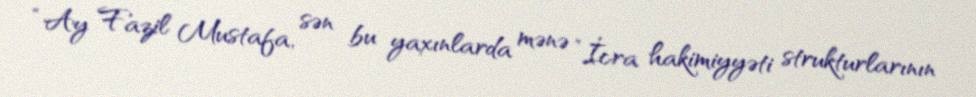
“Ay Fazil Mustafa, sən bu yaxınlarda mənə ”İcra hakimiyyəti strukturlarının